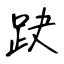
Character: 趹